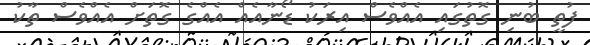
ފުތީ ބުނި ގޮތުގައި އެއްވެސް އިރަކު ޑޯނާއެއް އެއްގެ ގޮތަށް އެއްވެސް ތާކު